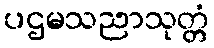
ပဌမသညာသုတ္တံ